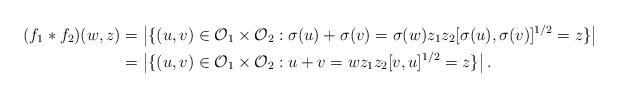
LaTeX: \begin{align*}(f_1 * f_2)(w,z) &= \left| \{ (u,v) \in \mathcal{O}_1 \times \mathcal{O}_2 : \sigma(u) + \sigma(v) = \sigma(w) z_1 z_2 [ \sigma(u), \sigma(v) ]^{1/2} = z \} \right| \\&= \left| \{ (u,v) \in \mathcal{O}_1 \times \mathcal{O}_2 : u + v = w z_1 z_2 [ v, u ]^{1/2} = z \} \right|.\end{align*}